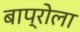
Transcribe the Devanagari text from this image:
बाप्रोला